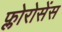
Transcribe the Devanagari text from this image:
फ्लोरोसेंस